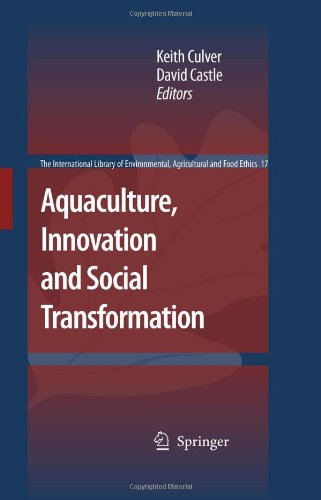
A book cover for Aquaculture, Innovation and Social Transformation (The International Library of Environmental, Agricultural and Food Ethics); Science & Math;